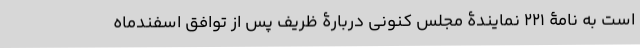
است به نامۀ 221 نمایندۀ مجلس کنونی دربارۀ ظریف پس از توافق اسفندماه